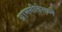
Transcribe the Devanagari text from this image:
ग्रामगीतेमध्ये